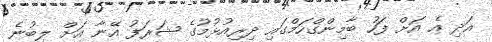
އަދި އެ އަށް ފަހު ބާމިންގްހަމްގައި ދިރިއުޅުމުގެ ޝަރަފު އޭނާ އަށް ލިބުނެ